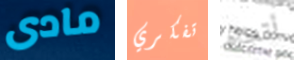
مادى تفكري أتجاه